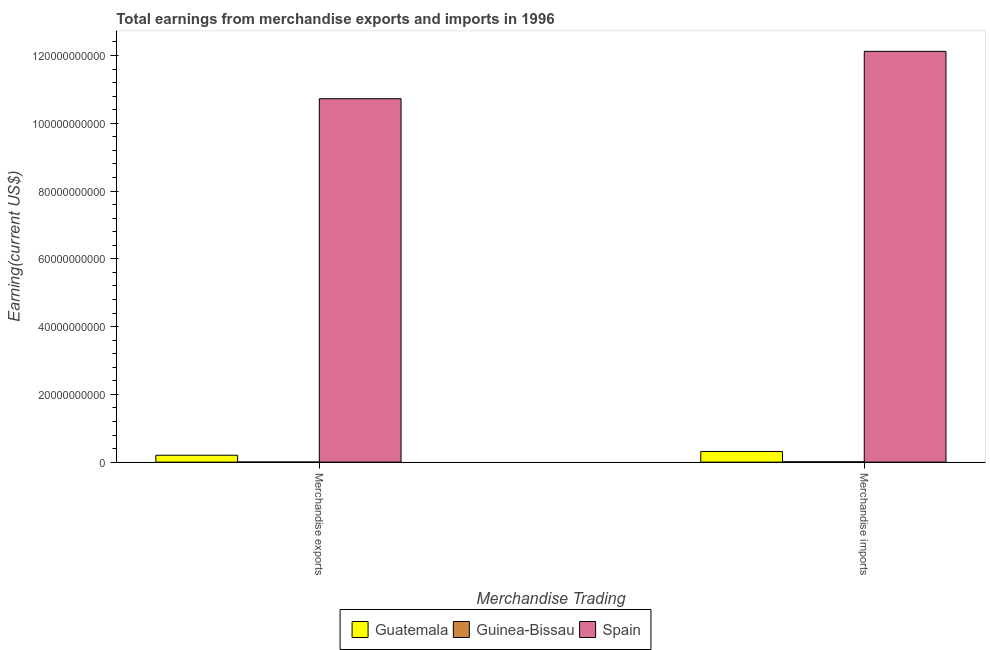
| Merchandise Trading | Guatemala | Guinea-Bissau | Spain |
 | --- | --- | --- | --- |
 | Merchandise exports | 2.03e+09 | 2.8e+07 | 1.07e+11 |
 | Merchandise imports | 3.15e+09 | 8.7e+07 | 1.21e+11 |